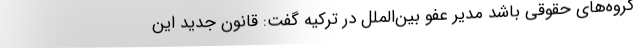
گروه‌های حقوقی باشد مدیر عفو بین‌الملل در ترکیه گفت: قانون جدید این